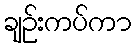
ချဉ်းကပ်ကာ